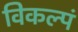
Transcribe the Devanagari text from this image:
विकल्पं